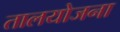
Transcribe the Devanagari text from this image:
तालयोजना